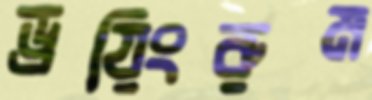
ড্রয়িংরুম